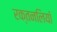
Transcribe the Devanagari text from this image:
रक्तनलियाँ